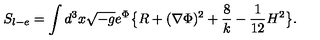
S _ { l - e } = \int d ^ { 3 } x \sqrt { - g } e ^ { \Phi } \big \{ R + ( \nabla \Phi ) ^ { 2 } + { \frac { 8 } { k } } - { \frac { 1 } { 1 2 } } H ^ { 2 } \big \} .